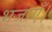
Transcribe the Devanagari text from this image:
भुजाएँ।